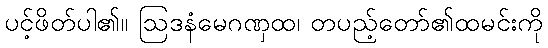
ပင့်ဖိတ်ပါ၏။ ဩဒနံမေဂဏှထ၊ တပည့်တော်၏ထမင်းကို